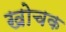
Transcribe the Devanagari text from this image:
खोचक